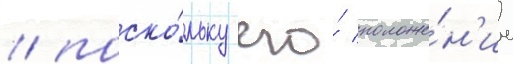
/ поско́льку его́ положе́н'ие